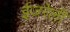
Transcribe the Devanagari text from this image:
ईजरेली